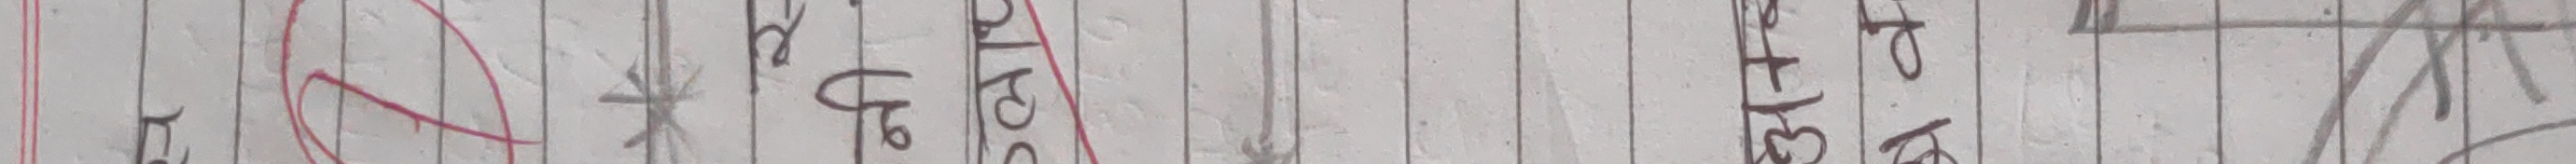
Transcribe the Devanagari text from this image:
सहित हो